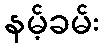
နမ့်ခမ်း